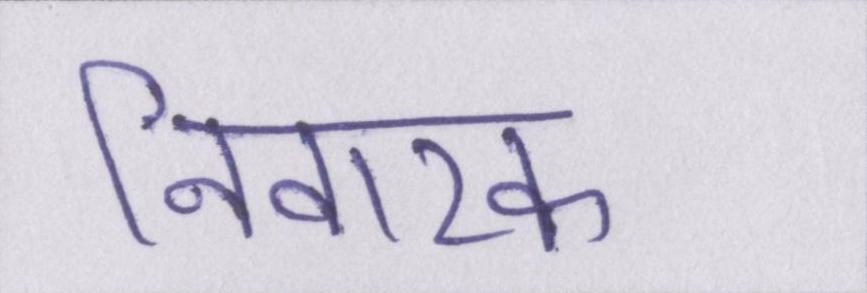
निवारक